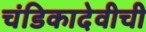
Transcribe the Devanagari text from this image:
चंडिकादेवीची